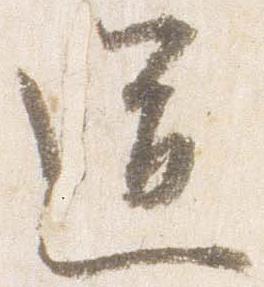
道